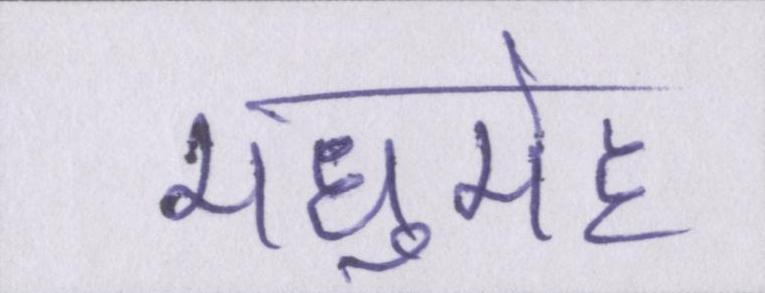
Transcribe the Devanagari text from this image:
मधुमेह